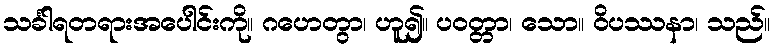
သင်္ခါရတရားအပေါင်းကို။ ဂဟေတွာ၊ ဟူ၍။ ပဝတ္တာ၊ သော။ ဝိပဿနာ၊ သည်။